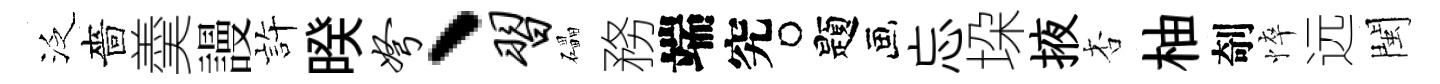
泛嗇羮謾静暌弩、习礧務端究题忘垜掖杏柚剞悴远閩